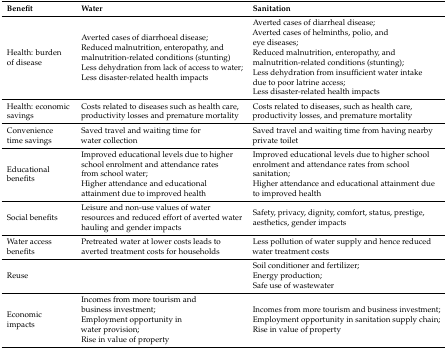
<table><thead><tr><td><b>Benefit</b></td><td><b>Water</b></td><td><b>Sanitation</b></td></tr></thead><tbody><tr><td>Health: burden of disease</td><td>Averted cases of diarrhoeal disease; Reduced malnutrition, enteropathy, and malnutrition-related conditions (stunting) Less dehydration from lack of access to water; Less disaster-related health impacts</td><td>Averted cases of diarrheal disease; Averted cases of helminths, polio, and eye diseases; Reduced malnutrition, enteropathy, and malnutrition-related conditions (stunting); Less dehydration from insufficient water intake due to poor latrine access; Less disaster-related health impacts</td></tr><tr><td>Health: economic savings</td><td>Costs related to diseases such as health care, productivity losses and premature mortality</td><td>Costs related to diseases, such as health care, productivity losses, and premature mortality</td></tr><tr><td>Convenience time savings</td><td>Saved travel and waiting time for water collection</td><td>Saved travel and waiting time from having nearby private toilet</td></tr><tr><td>Educational benefits</td><td>Improved educational levels due to higher school enrolment and attendance rates from school water; Higher attendance and educational attainment due to improved health</td><td>Improved educational levels due to higher school enrolment and attendance rates from school sanitation; Higher attendance and educational attainment due to improved health</td></tr><tr><td>Social benefits</td><td>Leisure and non-use values of water resources and reduced effort of averted water hauling and gender impacts</td><td>Safety, privacy, dignity, comfort, status, prestige, aesthetics, gender impacts</td></tr><tr><td>Water access benefits</td><td>Pretreated water at lower costs leads to averted treatment costs for households</td><td>Less pollution of water supply and hence reduced water treatment costs</td></tr><tr><td>Reuse</td><td></td><td>Soil conditioner and fertilizer; Energy production; Safe use of wastewater</td></tr><tr><td>Economic impacts</td><td>Incomes from more tourism and business investment; Employment opportunity in water provision; Rise in value of property</td><td>Incomes from more tourism and business investment; Employment opportunity in sanitation supply chain; Rise in value of property</td></tr></tbody></table>